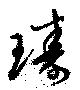
璹